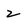
Character: 2